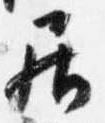
居